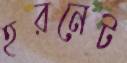
হরনেট